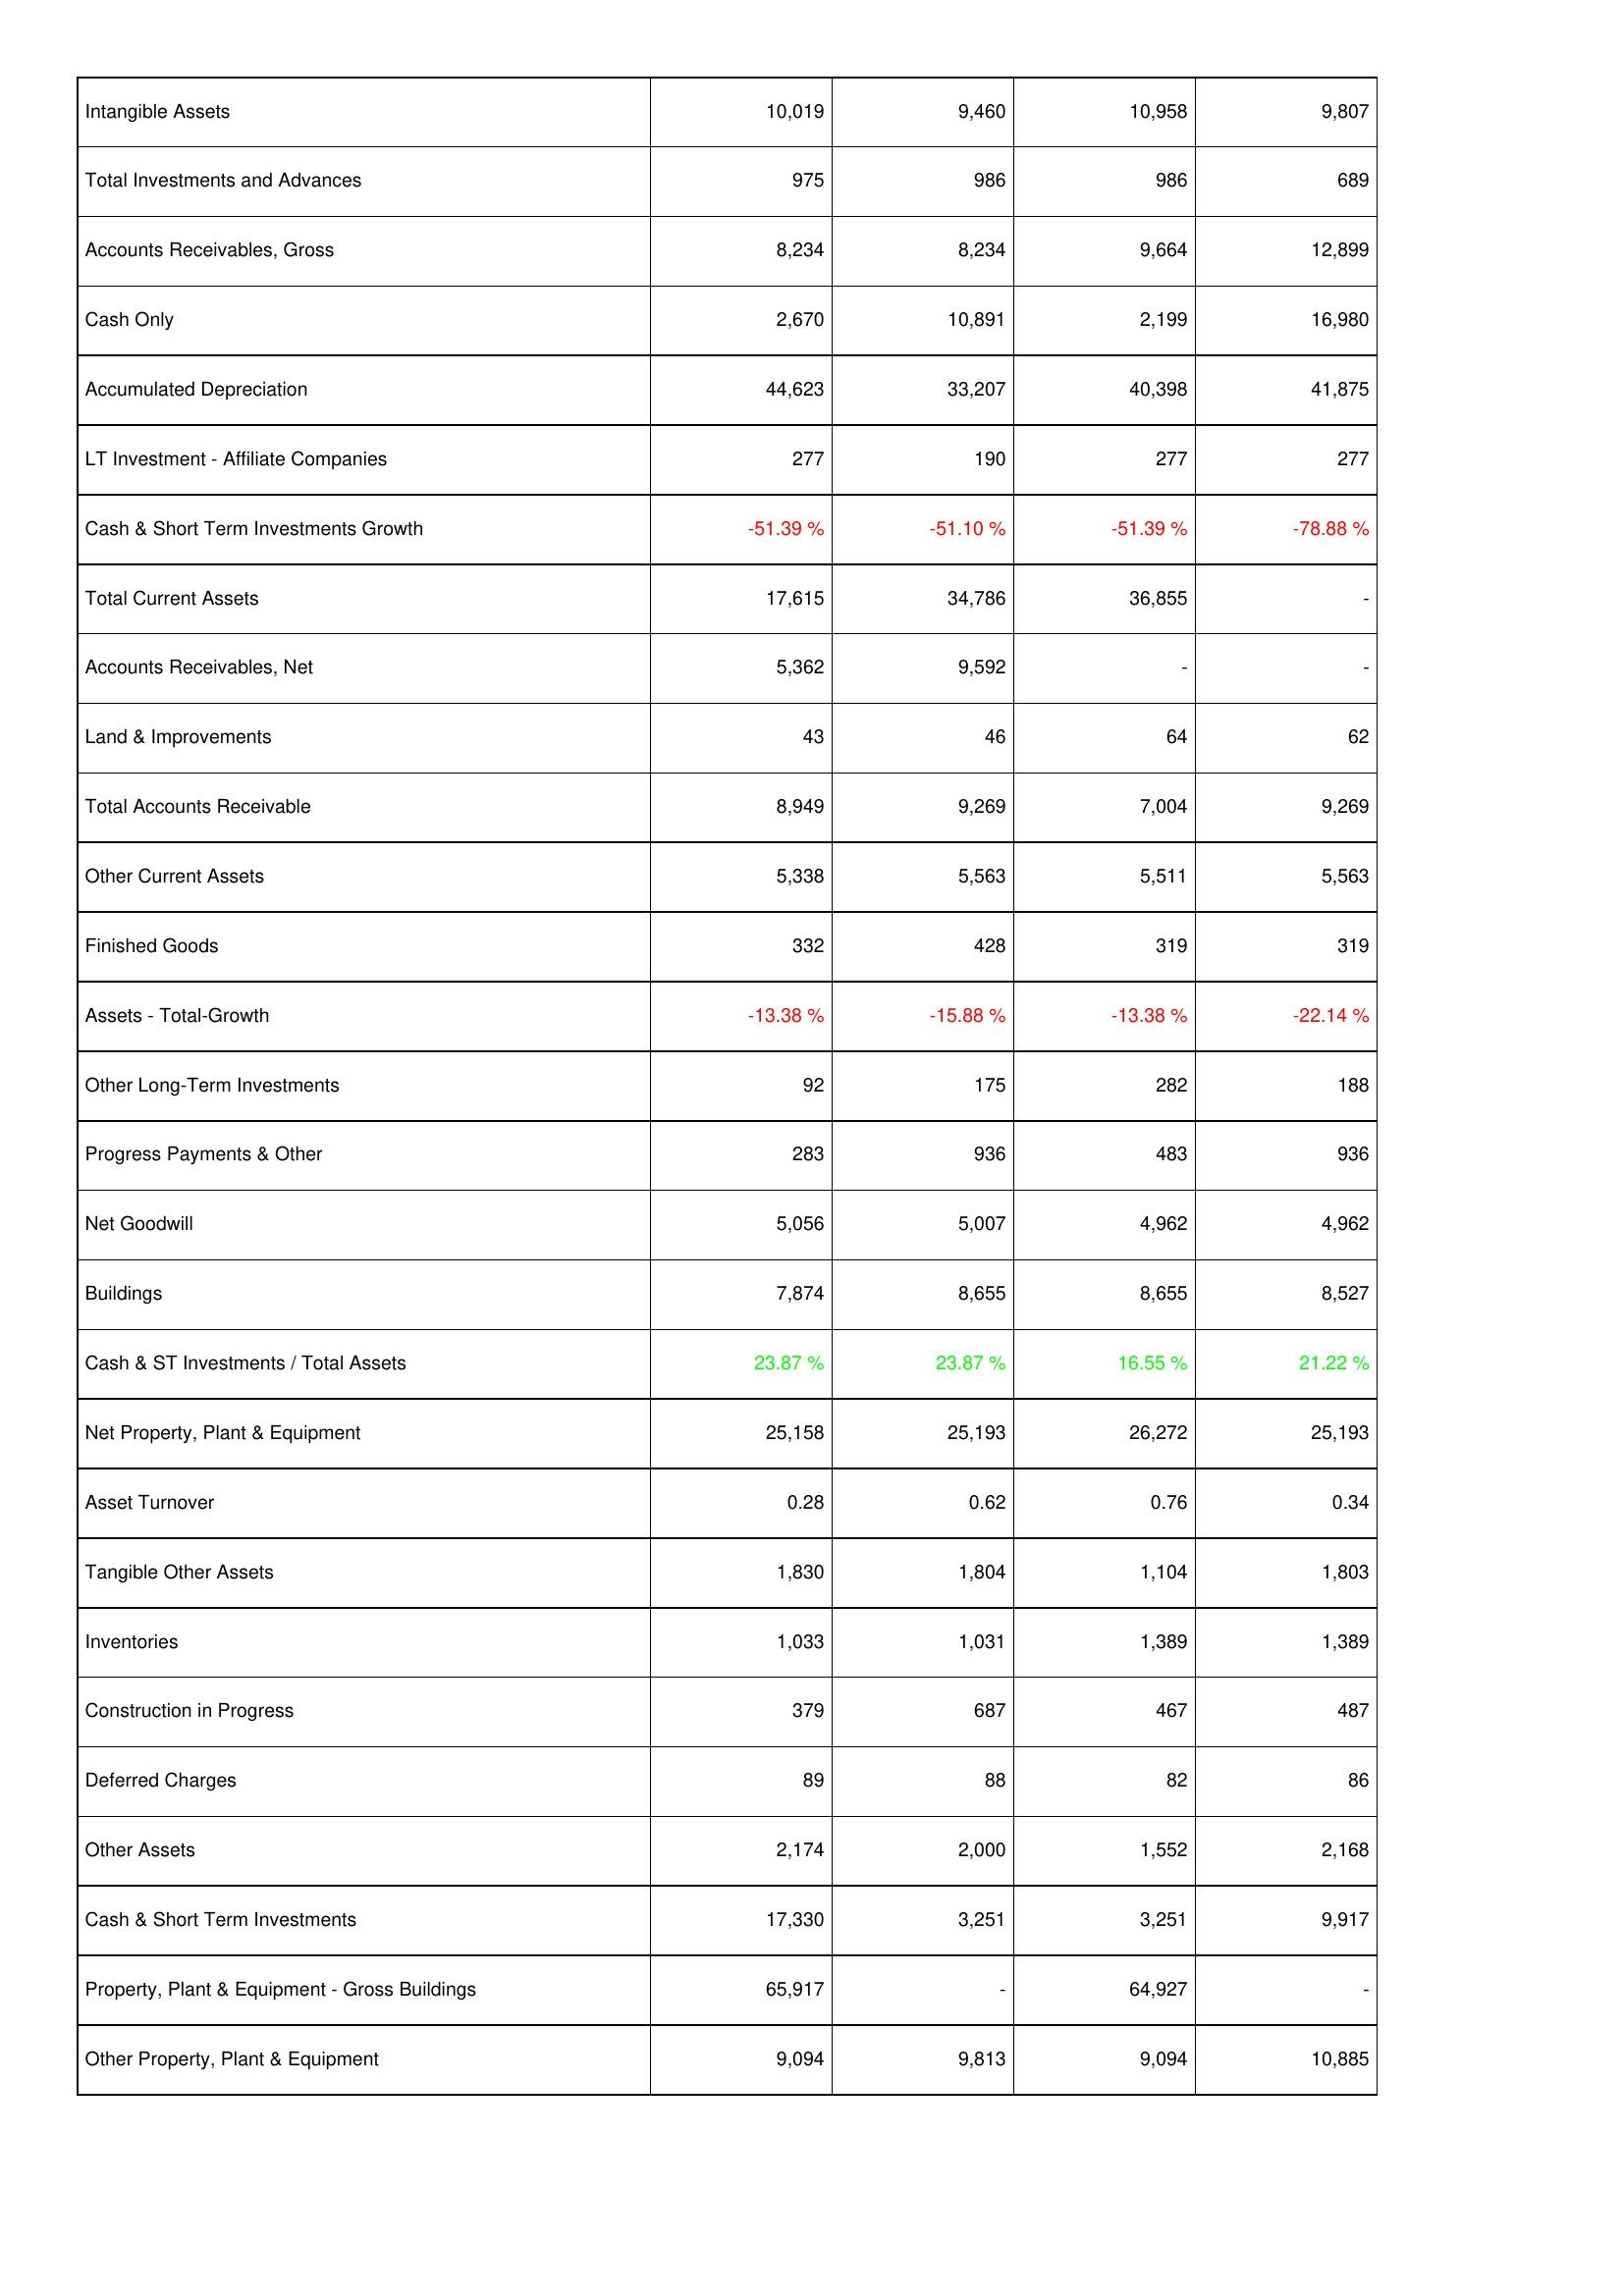
2011: Assets: Intangible Assets: 10,019
Total Investments and Advances: 975
Accounts Receivables, Gross: 8,234
Cash Only: 2,670
Accumulated Depreciation: 44,623
LT Investment - Affiliate Companies: 277
Cash & Short Term Investments Growth: -51.39 %
Total Current Assets: 17,615
Accounts Receivables, Net: 5,362
Land & Improvements: 43
Total Accounts Receivable: 8,949
Other Current Assets: 5,338
Finished Goods: 332
Assets - Total-Growth: -13.38 %
Other Long-Term Investments: 92
Progress Payments & Other: 283
Net Goodwill: 5,056
Buildings: 7,874
Cash & ST Investments / Total Assets: 23.87 %
Net Property, Plant & Equipment: 25,158
Asset Turnover: 0.28
Tangible Other Assets: 1,830
Inventories: 1,033
Construction in Progress: 379
Deferred Charges: 89
Other Assets: 2,174
Cash & Short Term Investments: 17,330
Property, Plant & Equipment - Gross Buildings: 65,917
Other Property, Plant & Equipment: 9,094
2012: Assets: Intangible Assets: 9,460
Total Investments and Advances: 986
Accounts Receivables, Gross: 8,234
Cash Only: 10,891
Accumulated Depreciation: 33,207
LT Investment - Affiliate Companies: 190
Cash & Short Term Investments Growth: -51.10 %
Total Current Assets: 34,786
Accounts Receivables, Net: 9,592
Land & Improvements: 46
Total Accounts Receivable: 9,269
Other Current Assets: 5,563
Finished Goods: 428
Assets - Total-Growth: -15.88 %
Other Long-Term Investments: 175
Progress Payments & Other: 936
Net Goodwill: 5,007
Buildings: 8,655
Cash & ST Investments / Total Assets: 23.87 %
Net Property, Plant & Equipment: 25,193
Asset Turnover: 0.62
Tangible Other Assets: 1,804
Inventories: 1,031
Construction in Progress: 687
Deferred Charges: 88
Other Assets: 2,000
Cash & Short Term Investments: 3,251
Property, Plant & Equipment - Gross Buildings: -
Other Property, Plant & Equipment: 9,813
2013: Assets: Intangible Assets: 10,958
Total Investments and Advances: 986
Accounts Receivables, Gross: 9,664
Cash Only: 2,199
Accumulated Depreciation: 40,398
LT Investment - Affiliate Companies: 277
Cash & Short Term Investments Growth: -51.39 %
Total Current Assets: 36,855
Accounts Receivables, Net: -
Land & Improvements: 64
Total Accounts Receivable: 7,004
Other Current Assets: 5,511
Finished Goods: 319
Assets - Total-Growth: -13.38 %
Other Long-Term Investments: 282
Progress Payments & Other: 483
Net Goodwill: 4,962
Buildings: 8,655
Cash & ST Investments / Total Assets: 16.55 %
Net Property, Plant & Equipment: 26,272
Asset Turnover: 0.76
Tangible Other Assets: 1,104
Inventories: 1,389
Construction in Progress: 467
Deferred Charges: 82
Other Assets: 1,552
Cash & Short Term Investments: 3,251
Property, Plant & Equipment - Gross Buildings: 64,927
Other Property, Plant & Equipment: 9,094
2014: Assets: Intangible Assets: 9,807
Total Investments and Advances: 689
Accounts Receivables, Gross: 12,899
Cash Only: 16,980
Accumulated Depreciation: 41,875
LT Investment - Affiliate Companies: 277
Cash & Short Term Investments Growth: -78.88 %
Total Current Assets: -
Accounts Receivables, Net: -
Land & Improvements: 62
Total Accounts Receivable: 9,269
Other Current Assets: 5,563
Finished Goods: 319
Assets - Total-Growth: -22.14 %
Other Long-Term Investments: 188
Progress Payments & Other: 936
Net Goodwill: 4,962
Buildings: 8,527
Cash & ST Investments / Total Assets: 21.22 %
Net Property, Plant & Equipment: 25,193
Asset Turnover: 0.34
Tangible Other Assets: 1,803
Inventories: 1,389
Construction in Progress: 487
Deferred Charges: 86
Other Assets: 2,168
Cash & Short Term Investments: 9,917
Property, Plant & Equipment - Gross Buildings: -
Other Property, Plant & Equipment: 10,885